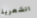
الشعرية